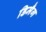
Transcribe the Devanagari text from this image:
डिमैग